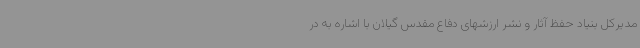
مدیرکل بنیاد حفظ آثار و نشر ارزشهای دفاع مقدس گیلان با اشاره به در